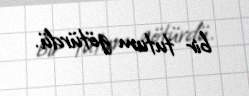
bir tutum götürdü.